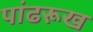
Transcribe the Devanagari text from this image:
पांढरूख